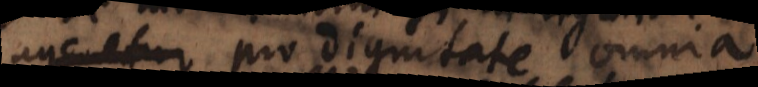
ageretur pro dignitate omnia